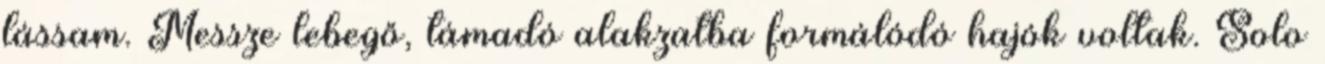
lássam. Messze lebegő, támadó alakzatba formálódó hajók voltak. Solo